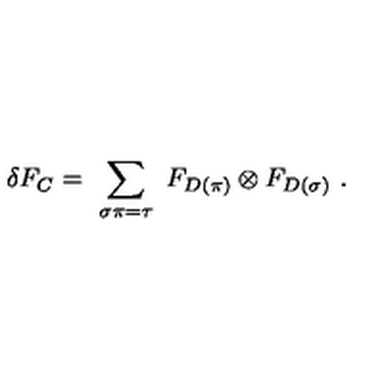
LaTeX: \delta F _ { C } = \ \sum _ { \sigma \pi = \tau } \ F _ { D ( \pi ) } \otimes F _ { D ( \sigma ) } \ .